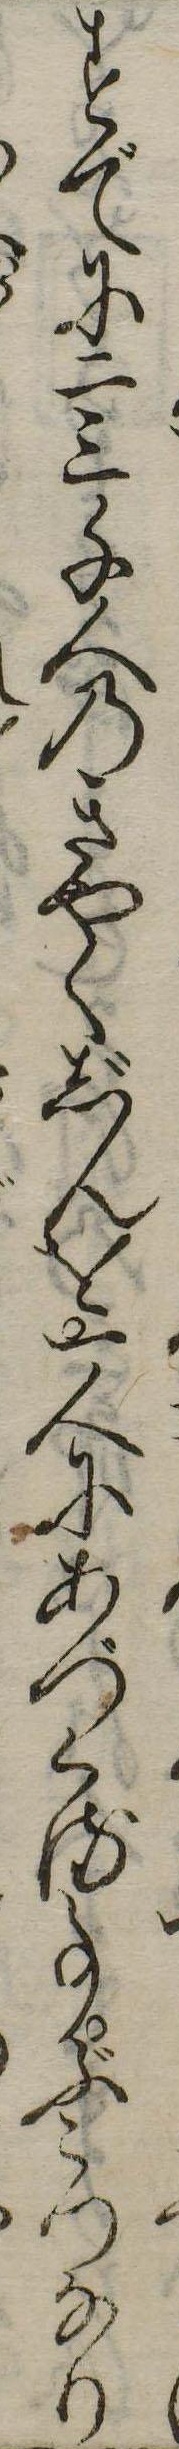
すでに二三千人のきやくじんを一人にあづくる事ぶこつなり